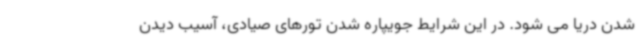
شدن دریا می شود. در این شرایط جویپاره شدن تورهای صیادی، آسیب دیدن